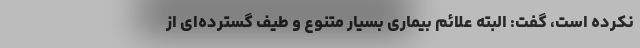
نکرده است، گفت: البته علائم بیماری بسیار متنوع و طیف گسترده‌ای از